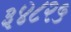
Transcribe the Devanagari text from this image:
३४८२५